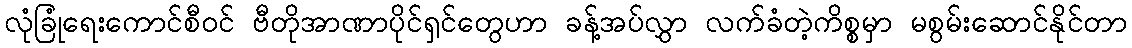
လုံခြုံရေးကောင်စီဝင် ဗီတိုအာဏာပိုင်ရှင်တွေဟာ ခန့်အပ်လွှာ လက်ခံတဲ့ကိစ္စမှာ မစွမ်းဆောင်နိုင်တာ